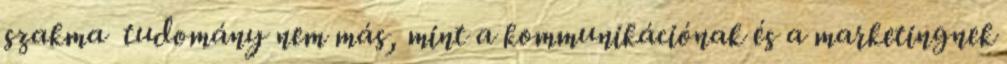
szakma tudomány nem más, mint a kommunikációnak és a marketingnek